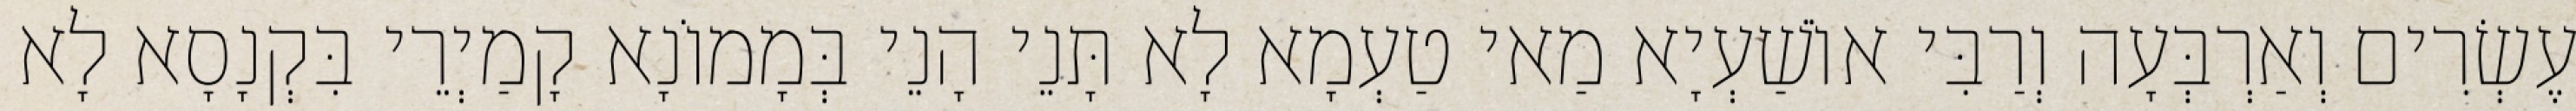
עֶשְׂרִים וְאַרְבְּעָה וְרַבִּי אוֹשַׁעְיָא מַאי טַעְמָא לָא תָּנֵי הָנֵי בְּמָמוֹנָא קָמַיְרֵי בִּקְנָסָא לָא